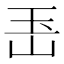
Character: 𤣶